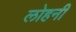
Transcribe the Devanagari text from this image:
लोहनी